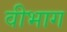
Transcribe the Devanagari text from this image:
वीभाग